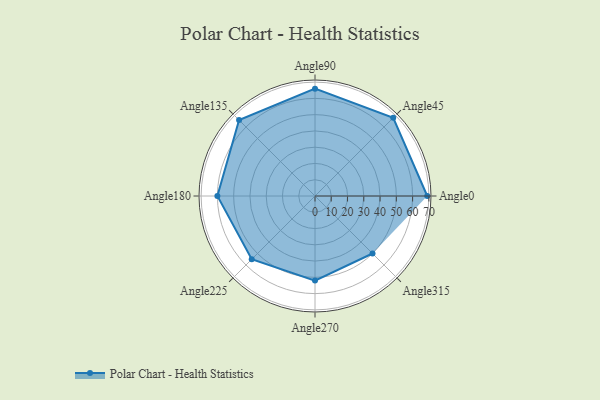
{"axis": {"x": "Angle", "y": "Radius"}, "legend": [""], "data": [{"x": "Angle0", "y": 69.0, "type": ""}, {"x": "Angle45", "y": 68.0, "type": ""}, {"x": "Angle90", "y": 66.0, "type": ""}, {"x": "Angle135", "y": 66.0, "type": ""}, {"x": "Angle180", "y": 60.0, "type": ""}, {"x": "Angle225", "y": 55.0, "type": ""}, {"x": "Angle270", "y": 52.0, "type": ""}, {"x": "Angle315", "y": 50, "type": ""}]}